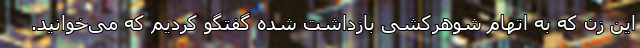
این زن که به اتهام شوهرکشی بازداشت شده گفتگو کردیم که می‌خوانید.